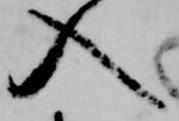
入